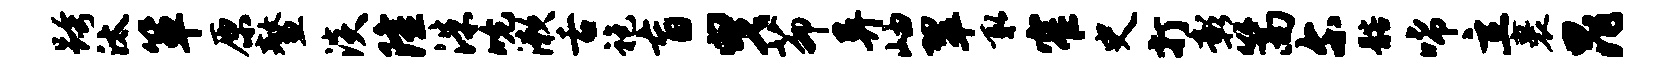
跨汰箪原鳌淡隆洙吮漱舌袍盲曳茆异岫翠取窄史打彰篙尔髂唏立裹晁